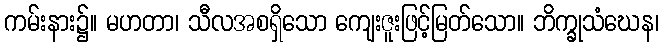
ကမ်းနား၌။ မဟတာ၊ သီလအစရှိသော ကျေးဇူးဖြင့်မြတ်သော။ ဘိက္ခုသံဃေန၊